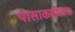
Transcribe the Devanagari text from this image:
पासाकाग्लिया